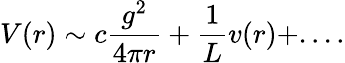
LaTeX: V(r)\sim c\frac{g^{2}}{4\pi r}+\frac{1}{L}v(r)+....